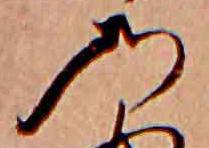
の